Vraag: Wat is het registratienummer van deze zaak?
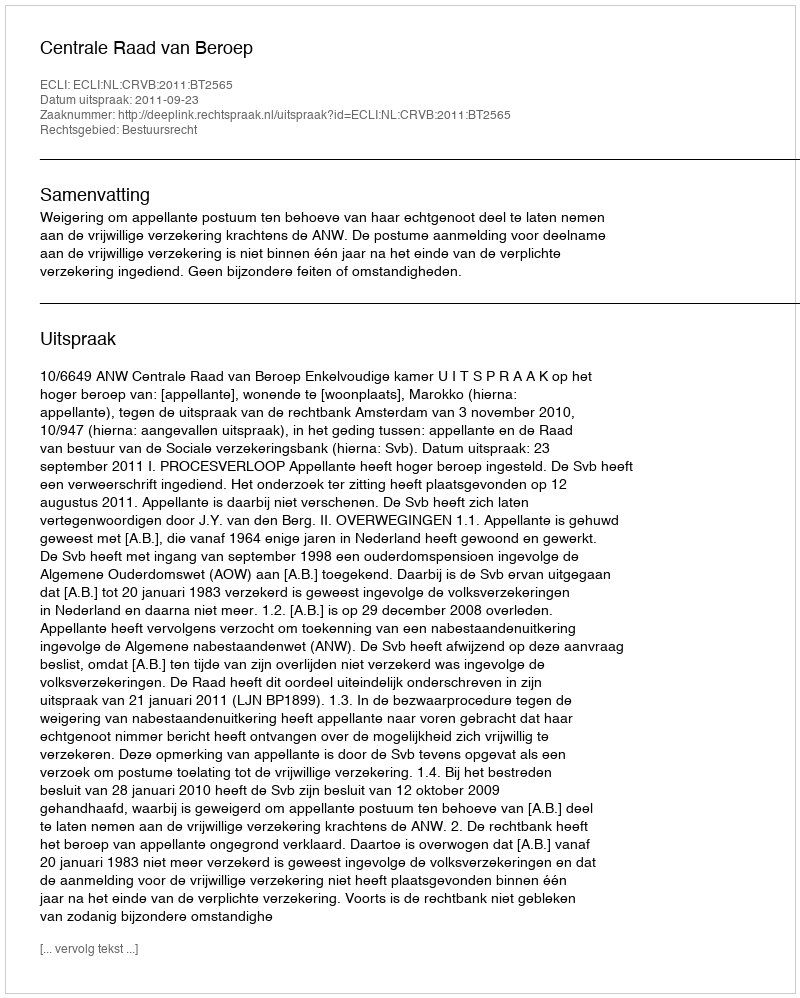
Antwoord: http://deeplink.rechtspraak.nl/uitspraak?id=ECLI:NL:CRVB:2011:BT2565